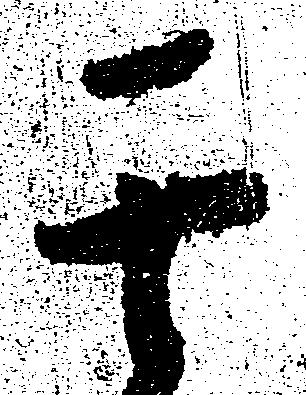
其